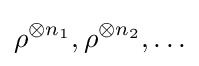
\rho ^{\otimes n_{1}},\rho ^{\otimes n_{2}},\ldots